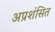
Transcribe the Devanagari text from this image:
अप्रशंसित